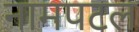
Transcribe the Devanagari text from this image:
नामपटल